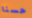
حسنا